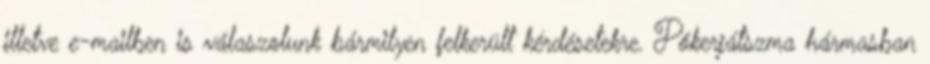
illetve e-mailben is válaszolunk bármilyen felkerült kérdésetekre. Pókerjátszma hármasban